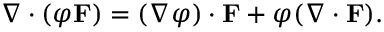
\nabla \cdot ( \varphi \mathbf { F } ) = ( \nabla \varphi ) \cdot \mathbf { F } + \varphi ( \nabla \cdot \mathbf { F } ) .